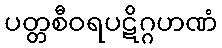
ပတ္တစီဝရပဋိဂ္ဂဟဏံ